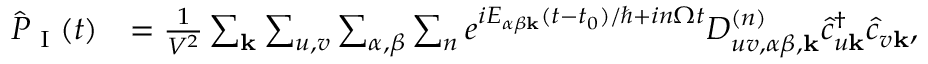
\begin{array} { r l } { \hat { P } _ { \textrm { I } } ( t ) } & { = \frac { 1 } { V ^ { 2 } } \sum _ { \mathbf { k } } \sum _ { u , v } \sum _ { \alpha , \beta } \sum _ { n } e ^ { i E _ { \alpha \beta \mathbf { k } } ( t - t _ { 0 } ) / \hbar + i n \Omega t } D _ { u v , \alpha \beta , \mathbf { k } } ^ { ( n ) } \hat { c } _ { u \mathbf { k } } ^ { \dagger } \hat { c } _ { v \mathbf { k } } , } \end{array}